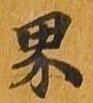
界